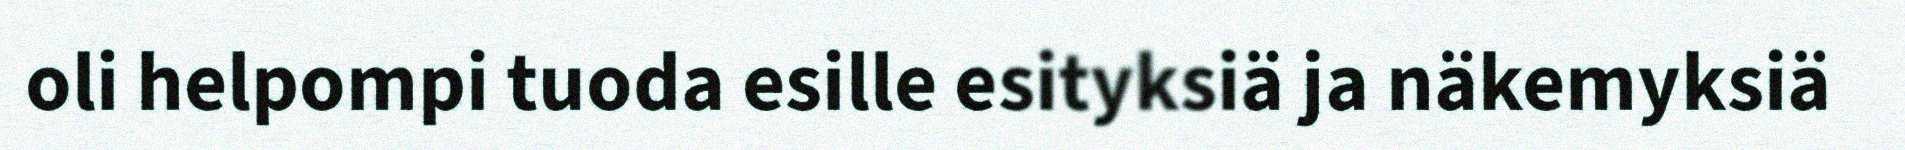
oli helpompi tuoda esille esityksiä ja näkemyksiä